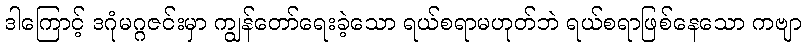
ဒါကြောင့် ဒဂုံမဂ္ဂဇင်းမှာ ကျွန်တော်ရေးခဲ့သော ရယ်စရာမဟုတ်ဘဲ ရယ်စရာဖြစ်နေသော ကဗျာ